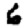
Digit: 6